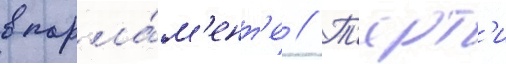
в парла́м'ент'е // Т'ерт'и